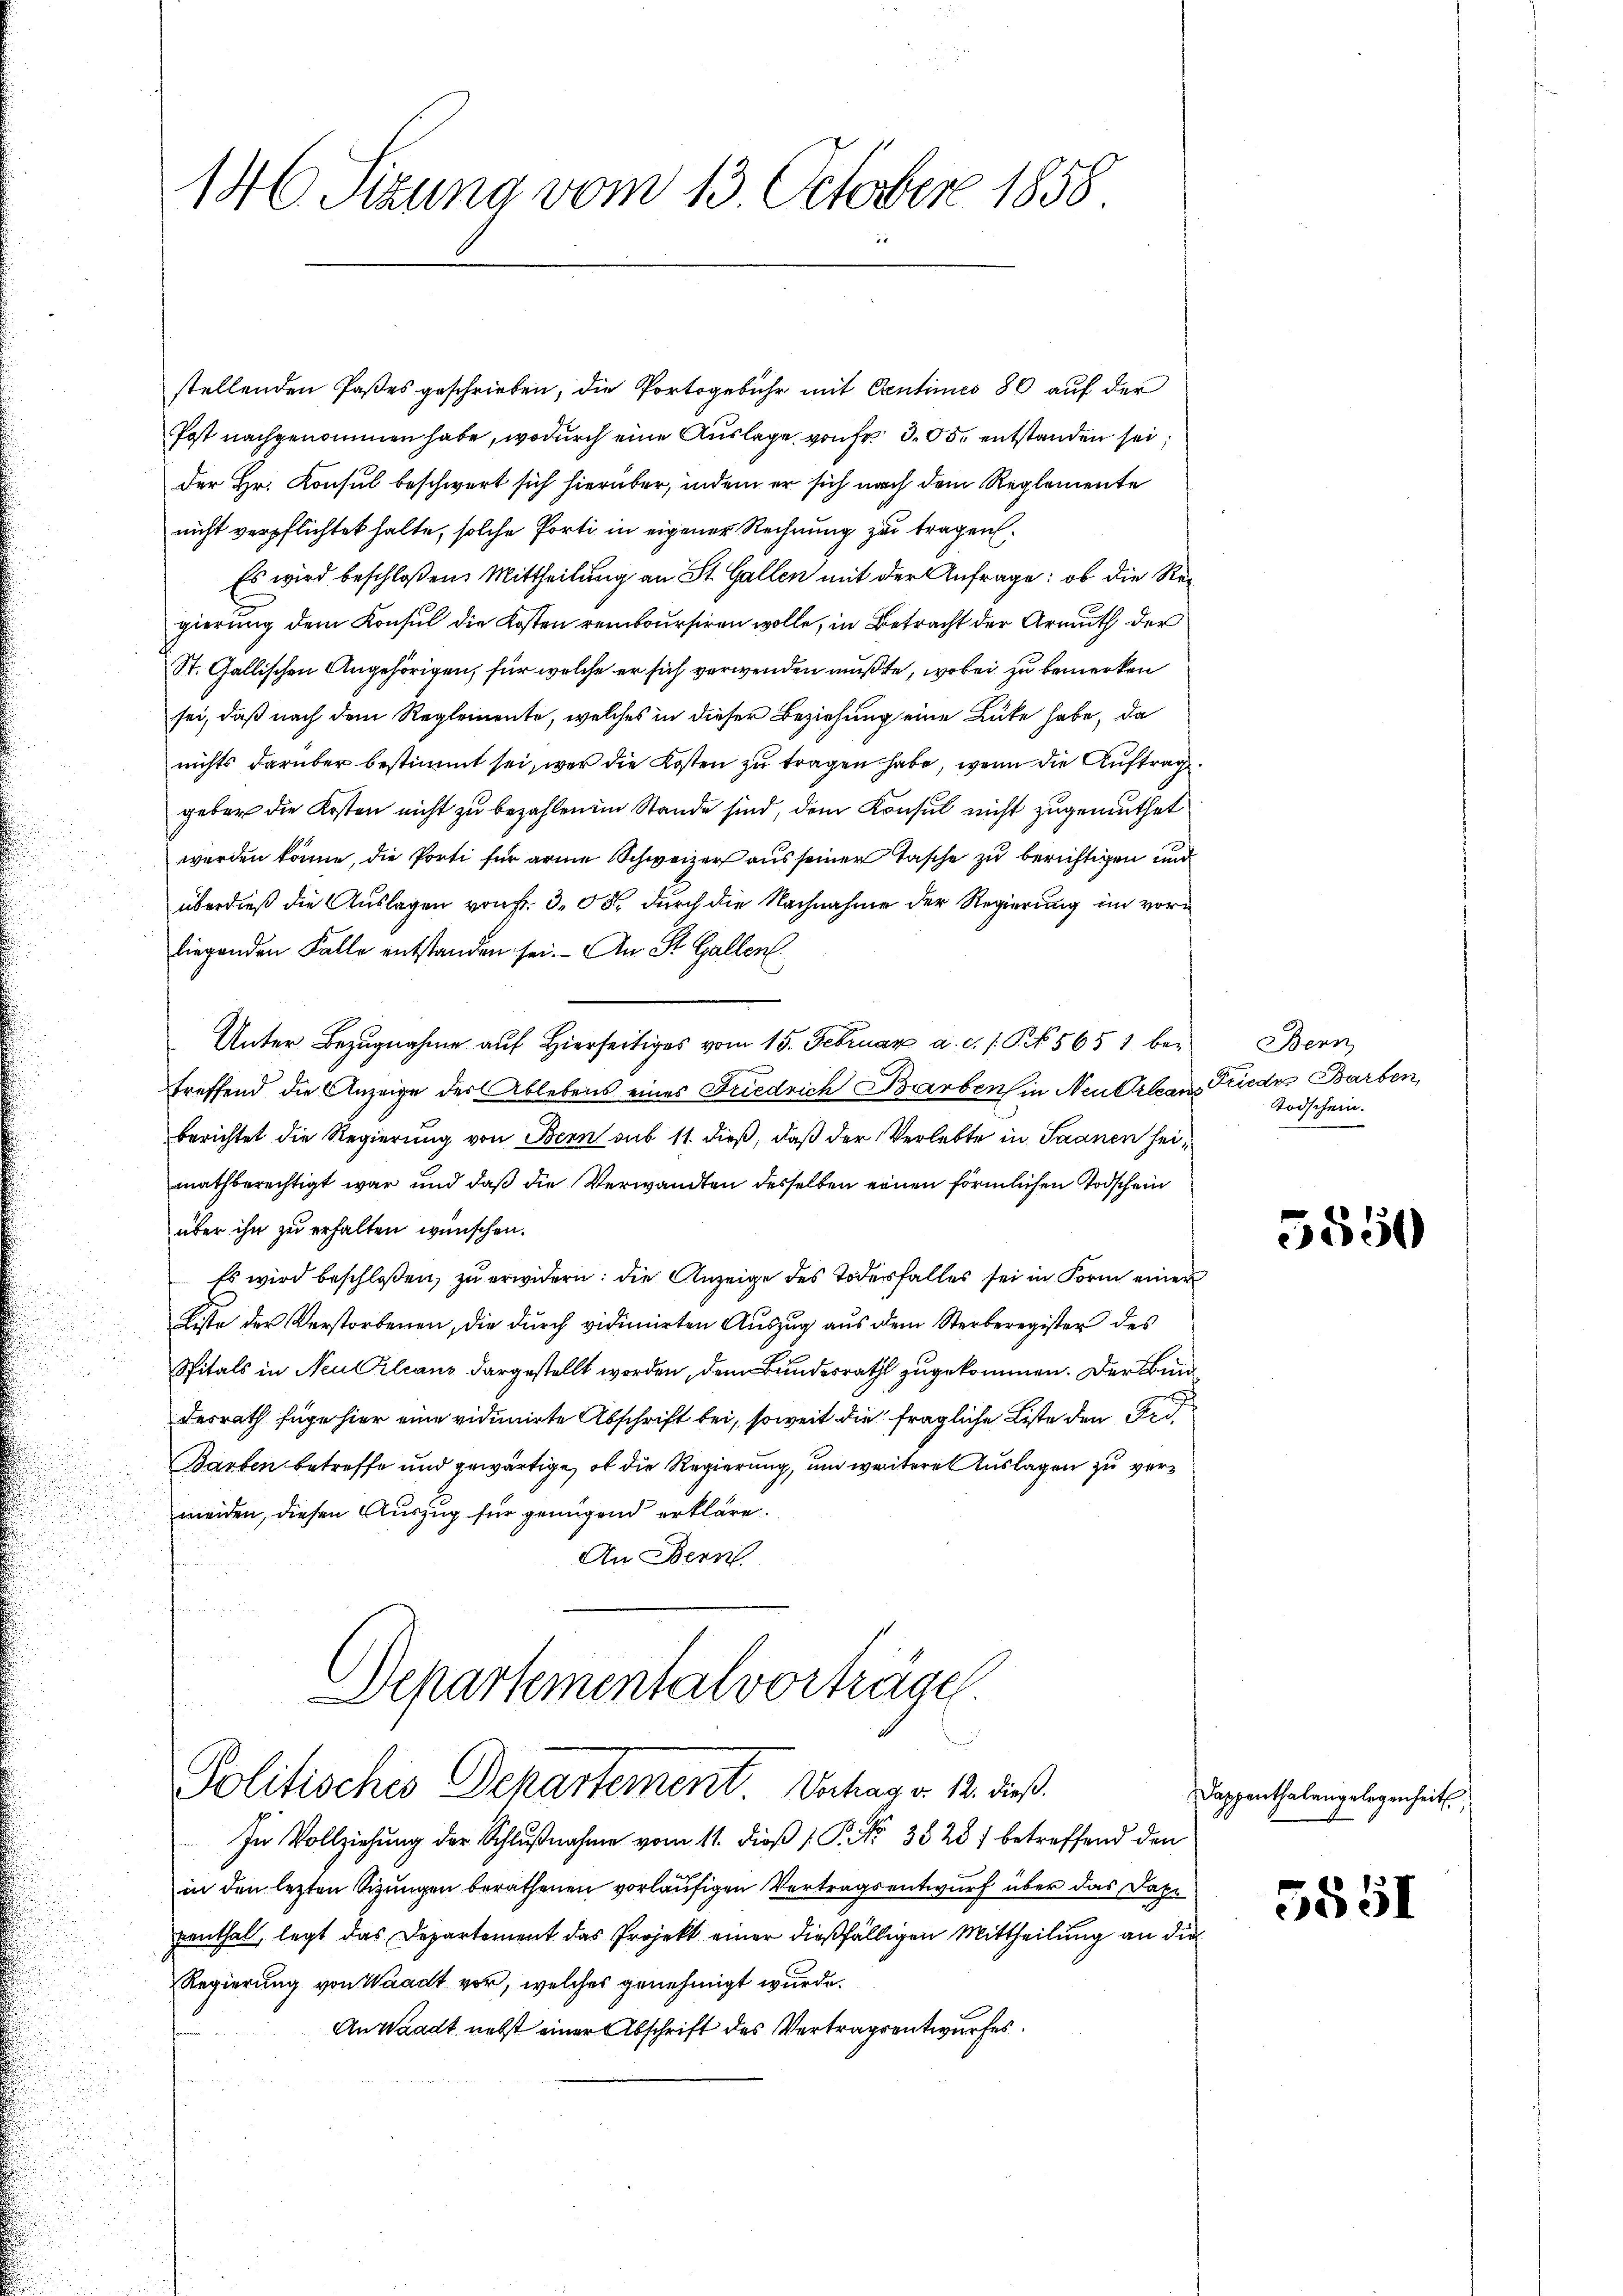
stellenden Paßes geschrieben, die Portogebühr mit Centimes 80 auf der
Post nachgenommen habe, wodurch eine Auslage von Fr. 305. entstanden sei,
der Hr. Konsul beschwert sich hierüber, indem er sich nach dem Reglemente
nicht verpflichtet halte, solche Porti in eigener Rechnung zu tragen.
Es wird beschloßen: Mittheilung an St. Gallen mit der Anfrage: ob die Regierung dem Konsul die Kosten remboursiren wolle, in Betracht der Armuth der
St. Gallischen Angehörigen, für welche er sich verwenden mußte, wobei zu bemerken
sei, daß nach dem Reglemente, welches in dieser Beziehung eine Gute habe, da
nichts darüber bestimmt sei, wer die Kosten zu tragen habe, wenn die Auftrag.
geber die Kosten nicht zu bezahlen ein Stande sind, dem Konsul nicht zugemuthet
werden könne, die Porti für arme Schweizer aus seiner Tasche zu berichtigen und
überdieß die Auslagen von Fr. 3. 68 durch die Nachnahme der Regierung im vorn
liegenden Falle entstanden sei. - An St. Gallen.
Unter Bezugnahme auf Hierseitiges vom 15. Februar a. c. s. S. 565 1 betreffend die Anzeige der Ablebens eines Friedrich Barbens in Neubilanz Frieder Barben,
berichtet die Regierung von Bern sub 11. dieß, daß der Verlebte in Saanen seimathberechtigt war und daß die Verwandten desselben einen förmlichen Todschein
über ihn zu erhalten wünschen.
 Es wird beschloßen, zŭ erwidern: die Anzeige des Todesfalles sei in Form einer
d
Liste der Verstorbenen, die durch vidimirten Auszug aus dem Sterberegister des
Spitals in Neukleans dargestellt worden, dem Bundesrath zugekommen. Der Bund
desrath füge hier eine vidimirte Abschrift bei, soweit die fragliche Liste den Ord¬
Barben betreffe und gewärtige, ob die Regierung, um weitere Auslagen zu vermeiden, diesen Auszug für genügend erkläre.
An Bern

146. Sizung vom 13. October 1858.

Departementalvorträge.
Politischis Departement. Verhag v. 12. dieß.

In Vollziehung der Schlŭβnahme vom 11. dieβ  P. Nr. 3828) betreffend den
in den letzten Sizungen berathenen vorläufigen Vertragsentwurf über das Dahe
penthal, legt das Departement das Projekt einer dießfälligen Mittheilung an die
Regierung von Waadt vor, welches genehmigt wurde.
An Waadt nebst einer Abschrift des Vertragsentwurfes.

Bern
Todschein.

5550

Dappenthalengelegenheit

5851